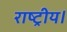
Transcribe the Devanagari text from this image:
राष्ट्रीय।